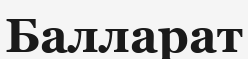
Балларат